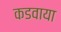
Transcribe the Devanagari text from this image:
कडवाया